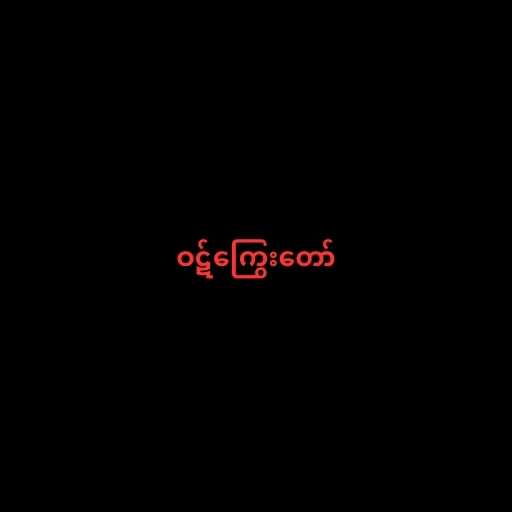
ဝဋ်ကြွေးတော်